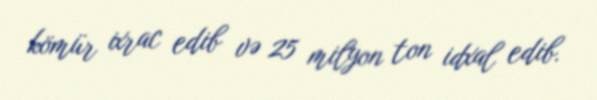
kömür ixrac edib və 25 milyon ton idxal edib.